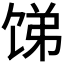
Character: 𬲻